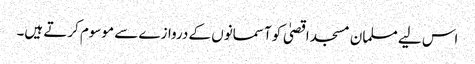
اس لیے مسلمان مسجد اقصیٰ کو آسمانوں کے دروازے سے موسوم کرتے ہیں۔